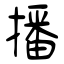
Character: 播